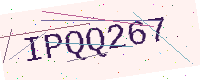
Text: IPQQ267